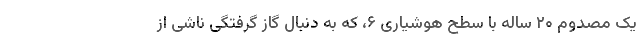
یک مصدوم ۲۰ ساله با سطح هوشیاری ۶، که به دنبال گاز گرفتگی ناشی از